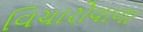
વિચારોવાળા